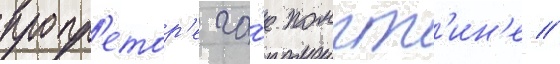
пропр'етор'е га́е помпт'ин'е //